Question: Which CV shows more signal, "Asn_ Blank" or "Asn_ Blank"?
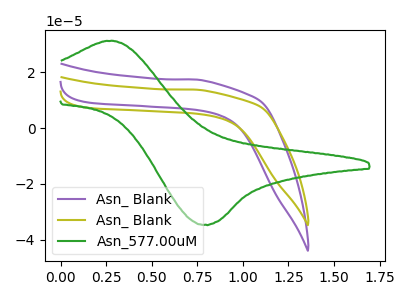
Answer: <think>The purple curve "Asn_ Blank" has no peaks. The olive curve "Asn_ Blank" has no peaks. The green curve "Asn_577.00uM" has an anodic peak at (0.25V, 31.15uA) and a cathodic peak at (0.80V, -34.55uA).
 Neither "Asn_ Blank" or "Asn_ Blank" have any peaks.</think>
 <answer>I cant tell if "Asn_ Blank" or "Asn_ Blank" has more signal.</answer>
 <eval>mixed_signal</eval>